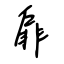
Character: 扉